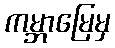
ကမ္ဘာမြေမှ